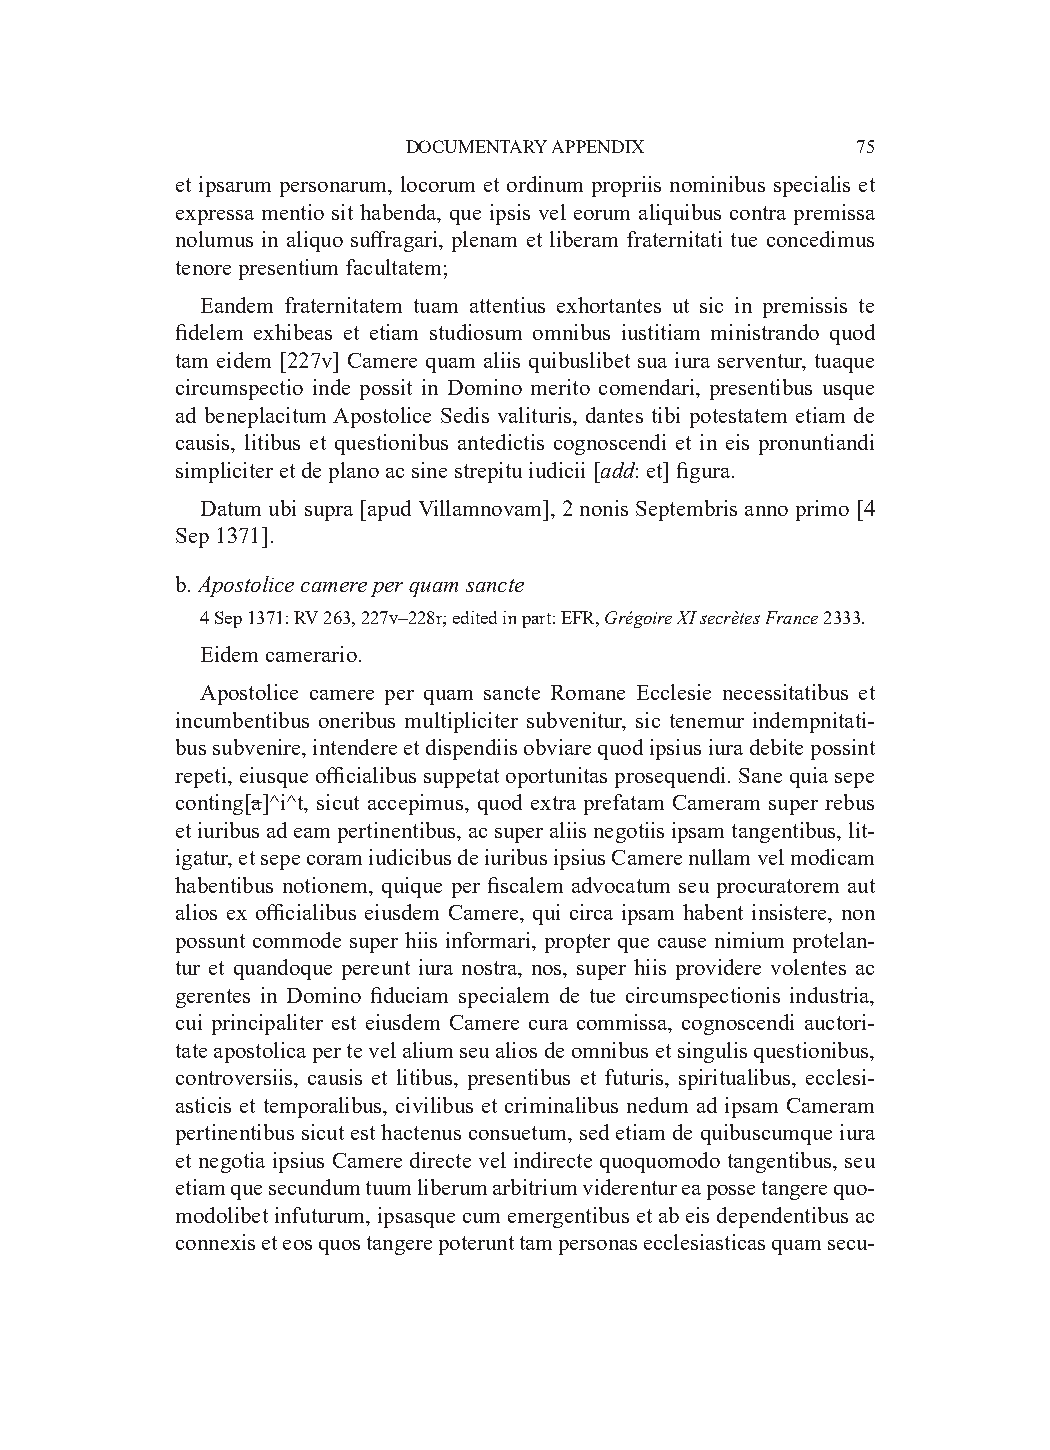
DOCUMENTARY APPENDIX          75
 et ipsarum personarum, locorum et ordinum propriis nominibus specialis et
 expressa mentio sit habenda, que ipsis vel eorum aliquibus contra premissa
 nolumus in aliquo suffragari, plenam et liberam fraternitati tue concedimus
 tenore presentium facultatem;
 Eandem fraternitatem tuam attentius exhortantes ut sic in premissis te
 fidelem exhibeas et etiam studiosum omnibus iustitiam ministrando quod
 tam eidem [227v] Camere quam aliis quibuslibet sua iura serventur, tuaque
 circumspectio inde possit in Domino merito comendari, presentibus usque
 ad beneplacitum Apostolice Sedis valituris, dantes tibi potestatem etiam de
 causis, litibus et questionibus antedictis cognoscendi et in eis pronuntiandi
 simpliciter et de plano ac sine strepitu iudicii [add: et] figura.
 Datum ubi supra [apud Villamnovam], 2 nonis Septembris anno primo [4
 Sep 1371].
 b. Apostolice camere per quam sancte
 4 Sep 1371: RV 263, 227v–228r; edited in part: EFR, Grégoire XI secrètes France 2333.
 Eidem camerario.
 Apostolice camere per quam sancte Romane Ecclesie necessitatibus et
 incumbentibus oneribus multipliciter subvenitur, sic tenemur indempnitati-
 bus subvenire, intendere et dispendiis obviare quod ipsius iura debite possint
 repeti, eiusque officialibus suppetat oportunitas prosequendi. Sane quia sepe
 conting[a]^i^t, sicut accepimus, quod extra prefatam Cameram super rebus
 et iuribus ad eam pertinentibus, ac super aliis negotiis ipsam tangentibus, lit-
 igatur, et sepe coram iudicibus de iuribus ipsius Camere nullam vel modicam
 habentibus notionem, quique per fiscalem advocatum seu procuratorem aut
 alios ex officialibus eiusdem Camere, qui circa ipsam habent insistere, non
 possunt commode super hiis informari, propter que cause nimium protelan-
 tur et quandoque pereunt iura nostra, nos, super hiis providere volentes ac
 gerentes in Domino fiduciam specialem de tue circumspectionis industria,
 cui principaliter est eiusdem Camere cura commissa, cognoscendi auctori-
 tate apostolica per te vel alium seu alios de omnibus et singulis questionibus,
 controversiis, causis et litibus, presentibus et futuris, spiritualibus, ecclesi-
 asticis et temporalibus, civilibus et criminalibus nedum ad ipsam Cameram
 pertinentibus sicut est hactenus consuetum, sed etiam de quibuscumque iura
 et negotia ipsius Camere directe vel indirecte quoquomodo tangentibus, seu
 etiam que secundum tuum liberum arbitrium viderentur ea posse tangere quo-
 modolibet infuturum, ipsasque cum emergentibus et ab eis dependentibus ac
 connexis et eos quos tangere poterunt tam personas ecclesiasticas quam secu-